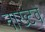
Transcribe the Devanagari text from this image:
नाख्टवे